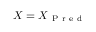
X = X _ { \mathrm { ~ P ~ r ~ e ~ d ~ } }